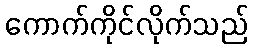
ကောက်ကိုင်လိုက်သည်